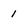
Character: 1